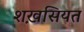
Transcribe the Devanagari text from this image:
शख़सियत